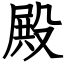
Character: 殿